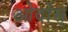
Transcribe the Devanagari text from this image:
ओर्दोस्